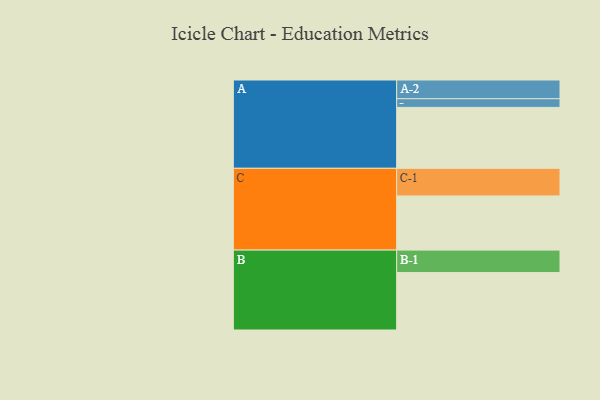
{"axis": {"x": "Segment", "y": "Value"}, "legend": ["", "A", "B", "C"], "data": [{"x": "A", "y": 478, "type": ""}, {"x": "B", "y": 451, "type": ""}, {"x": "C", "y": 425, "type": ""}, {"x": "A-1", "y": 68, "type": "A"}, {"x": "A-2", "y": 147, "type": "A"}, {"x": "B-1", "y": 176, "type": "B"}, {"x": "C-1", "y": 217, "type": "C"}]}